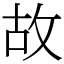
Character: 故